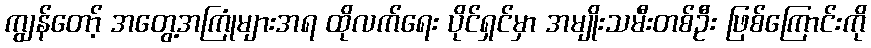
ကျွန်တော့် အတွေ့အကြုံများအရ ထိုလက်ရေး ပိုင်ရှင်မှာ အမျိုးသမီးတစ်ဦး ဖြစ်ကြောင်းကို